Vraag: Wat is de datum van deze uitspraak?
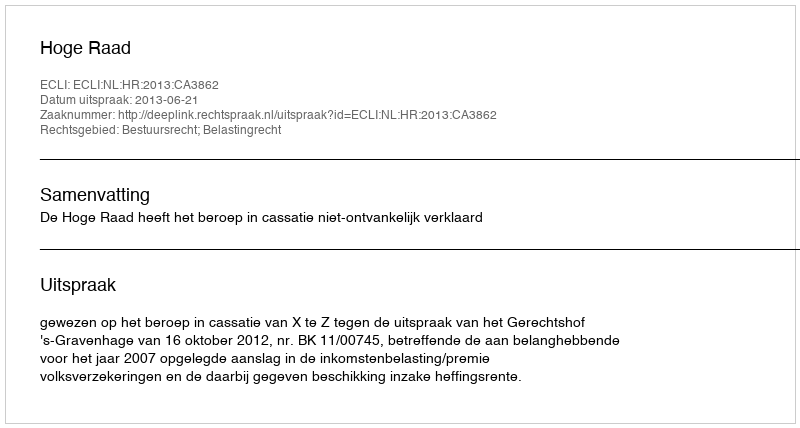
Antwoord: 2013-06-21